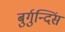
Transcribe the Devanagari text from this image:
बुर्गुन्दिंस